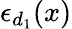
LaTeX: \epsilon_{d_{1}}(x)